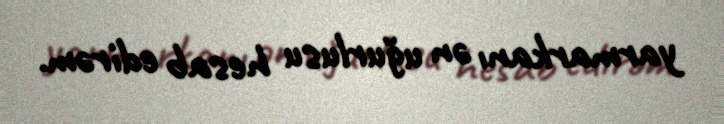
yarmarkanı ən uğurlusu hesab edirəm.